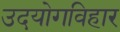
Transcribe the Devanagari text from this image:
उदयोगविहार